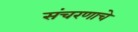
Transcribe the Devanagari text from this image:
संचरणाचे